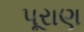
પૂરાણ